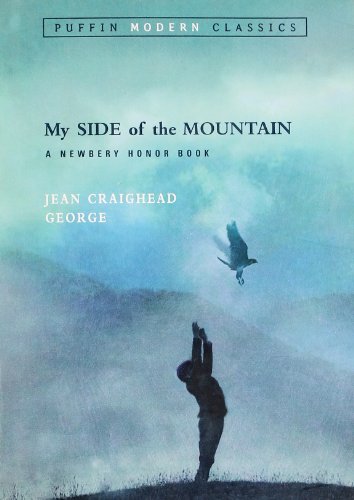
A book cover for My Side of the Mountain (Puffin Modern Classics); Jean Craighead George; Children's Books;